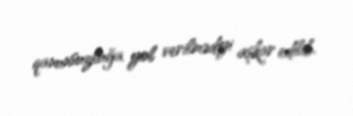
qanunsuzluğa yol verilmədiyi aşkar edilib.